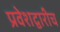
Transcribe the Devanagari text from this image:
प्रवेशद्वारीच